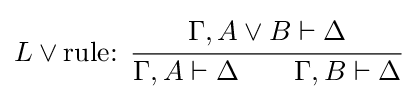
L\lor {\text{rule: }}{\cfrac {\Gamma ,A\lor B\vdash \Delta }{\Gamma ,A\vdash \Delta \qquad \Gamma ,B\vdash \Delta }}